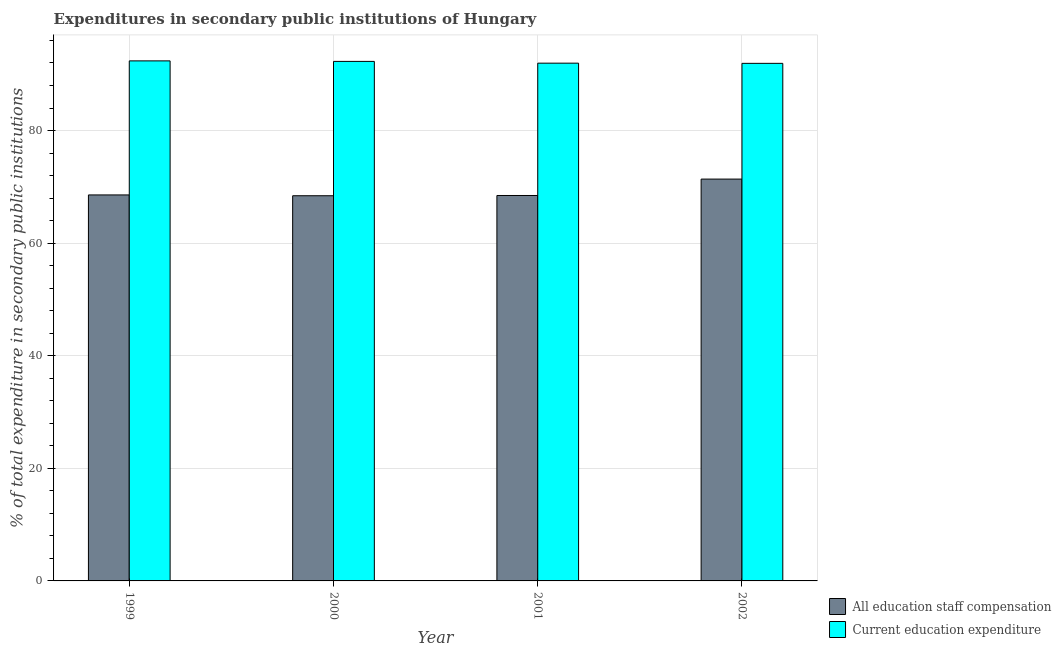
| Year | All education staff compensation | Current education expenditure |
 | --- | --- | --- |
 | 1999 | 68.6 | 92.4 |
 | 2000 | 68.4 | 92.3 |
 | 2001 | 68.5 | 92 |
 | 2002 | 71.4 | 91.9 |